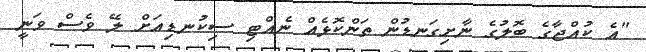
"އެ ކުއްޖާގެ ބޮލުގެ ނާށިގަނޑުން ތަންކޮޅެއް ނެއްޓި ސިކުނޑިއަށް ލޭ ވެސް ވަނީ